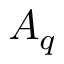
A _ { q }